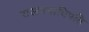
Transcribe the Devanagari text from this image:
राजत्रयाधिपति